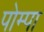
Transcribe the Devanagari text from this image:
पोम्पा